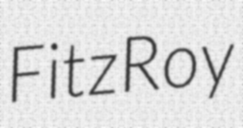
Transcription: FitzRoy